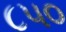
૮૫૦